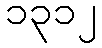
၁၃၁၂